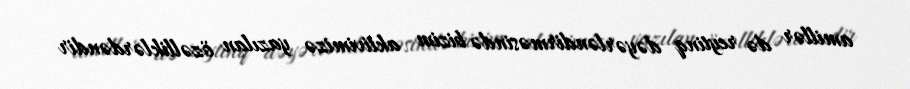
amillər də reytinq dəyərləndirməsində bizim aktivimizə yazılan özəlliklərdəndir